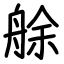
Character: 艅